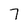
Character: 7